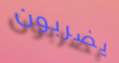
يضربون